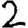
Digit: 2